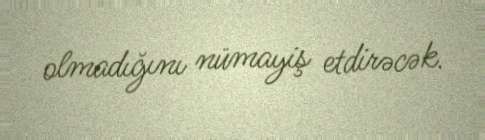
olmadığını nümayiş etdirəcək.